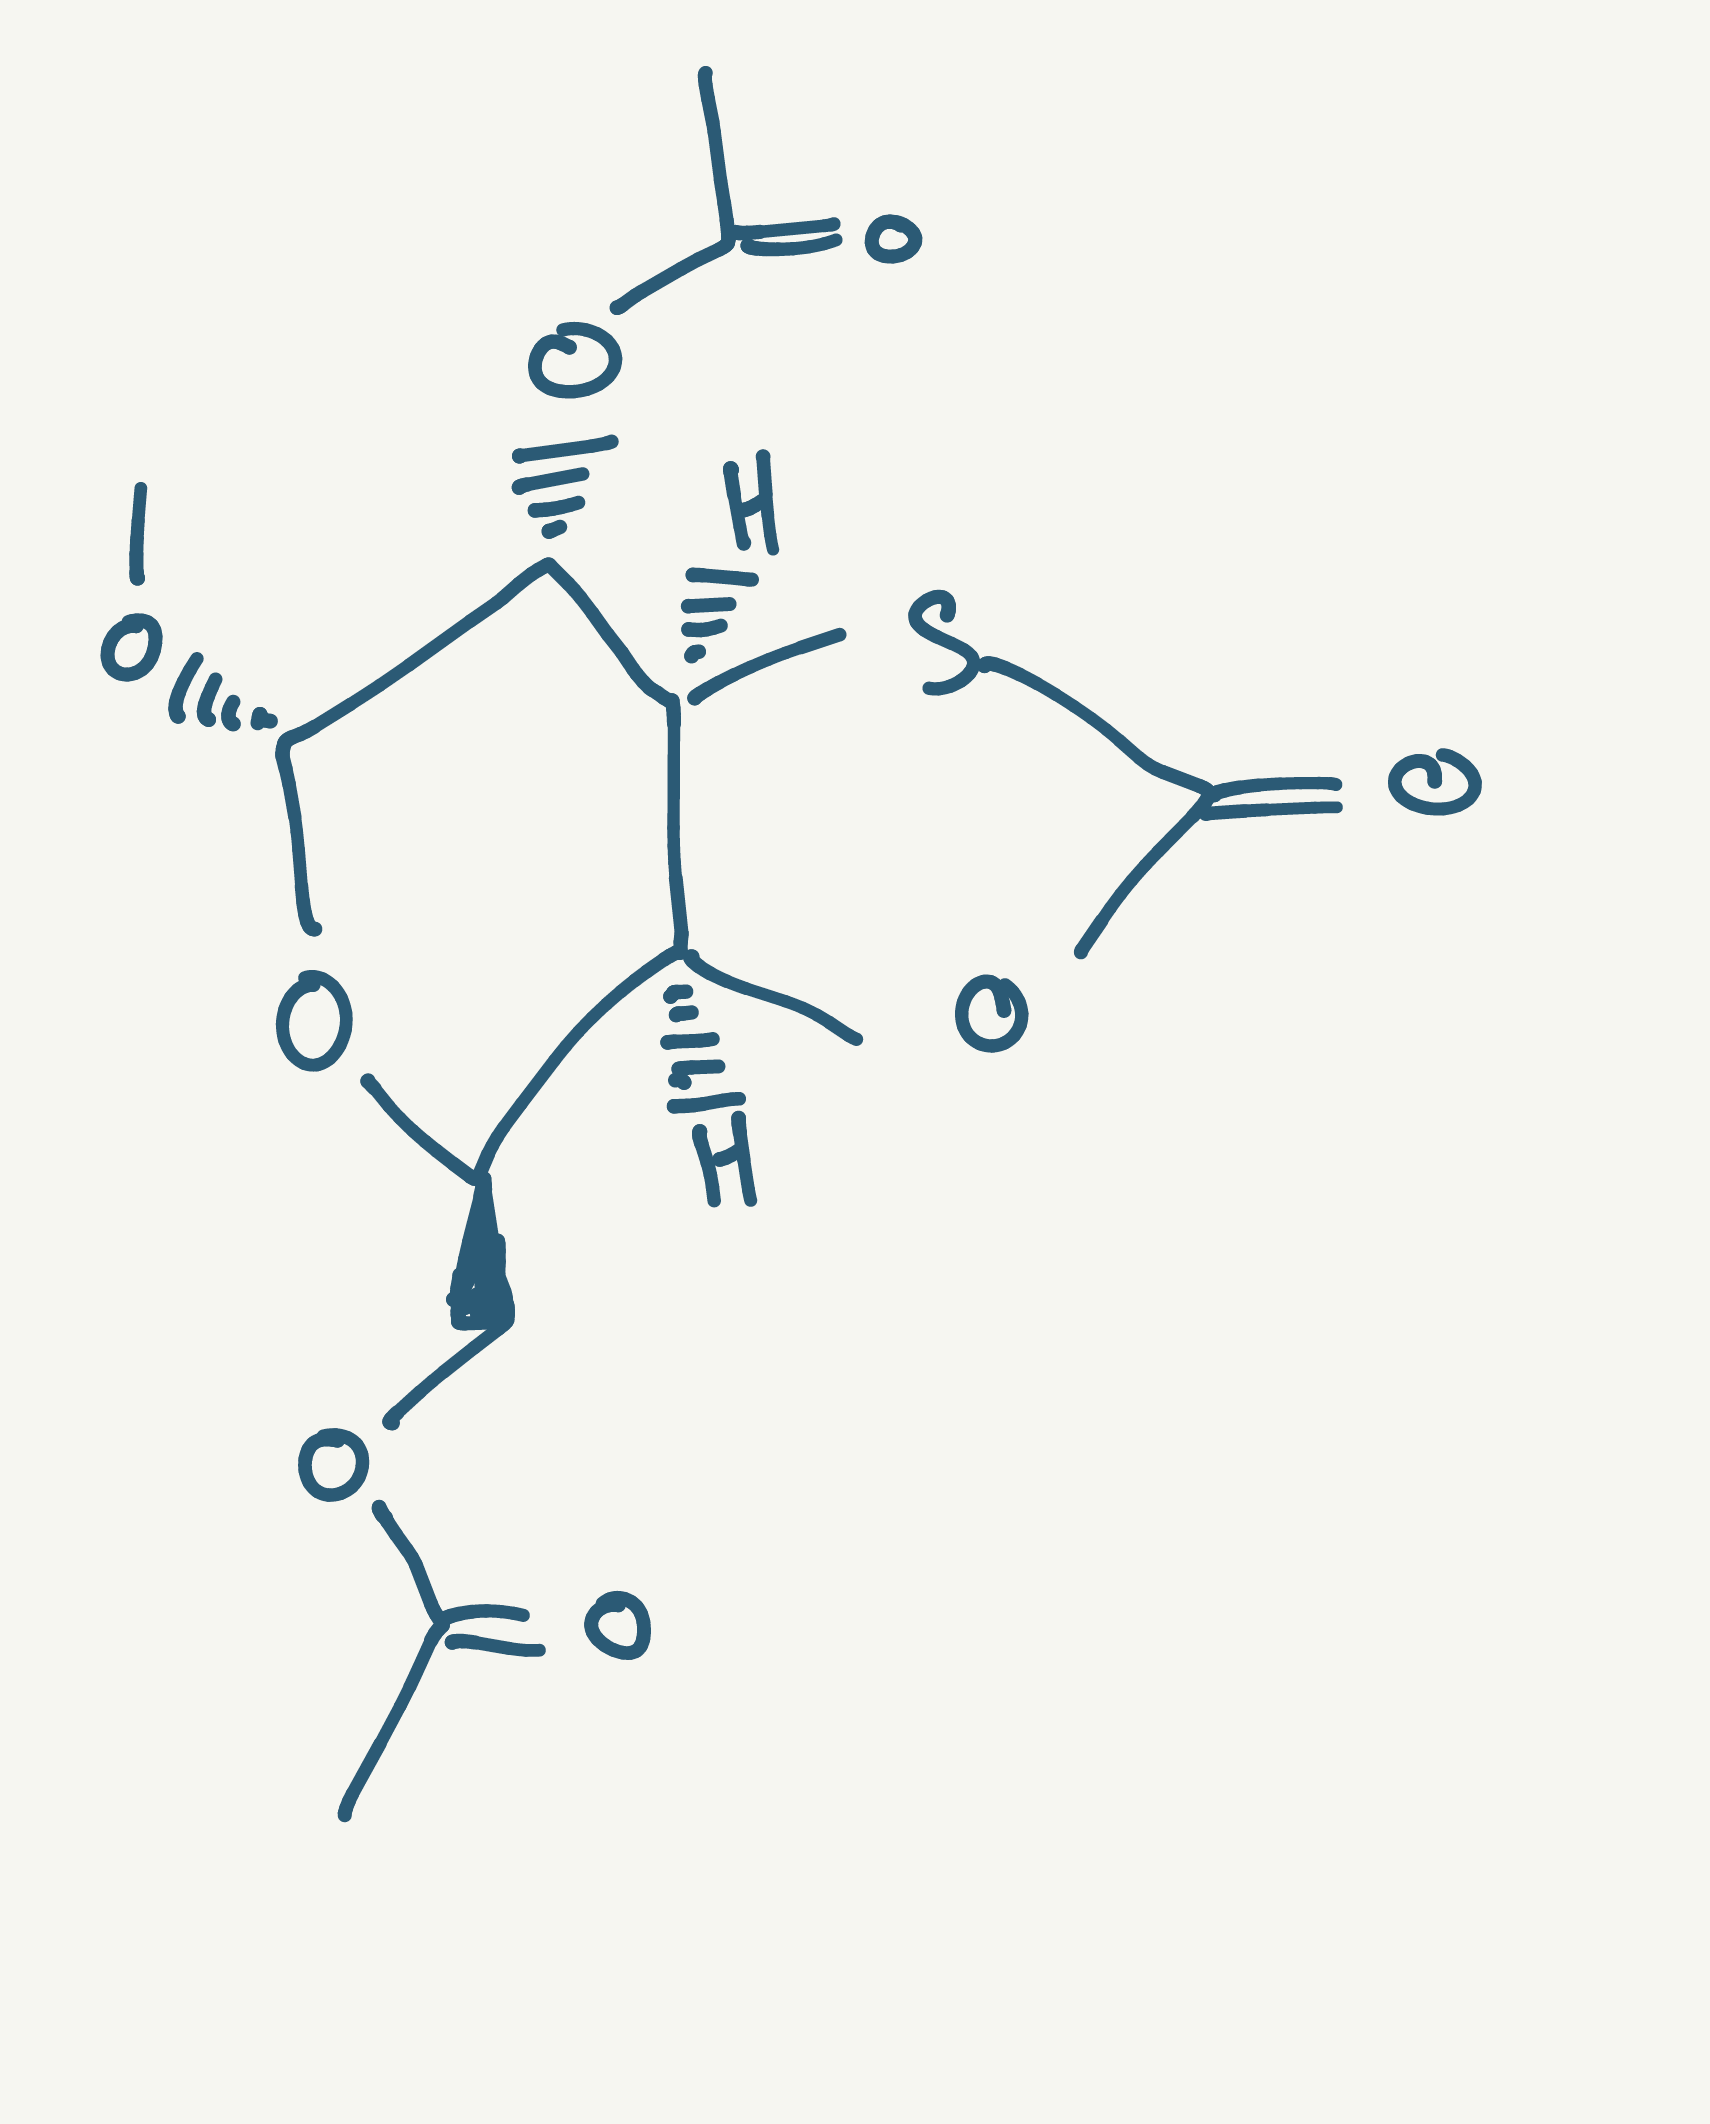
Simplified molecular-input line-entry system (SMILES) notation of the given molecule:
CC(=O)OC[C@@H]1[C@H]2[C@@H]([C@H]([C@H](O1)OC)OC(=O)C)SC(=O)O2